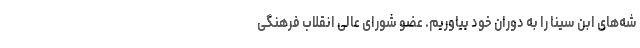
شه‌های ابن سینا را به دوران خود بیاوریم. عضو شورای عالی انقلاب فرهنگی